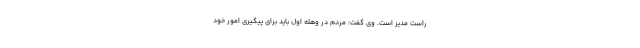
راست مدیر است. وی گفت: مردم در وهله اول باید برای پیگیری امور خود